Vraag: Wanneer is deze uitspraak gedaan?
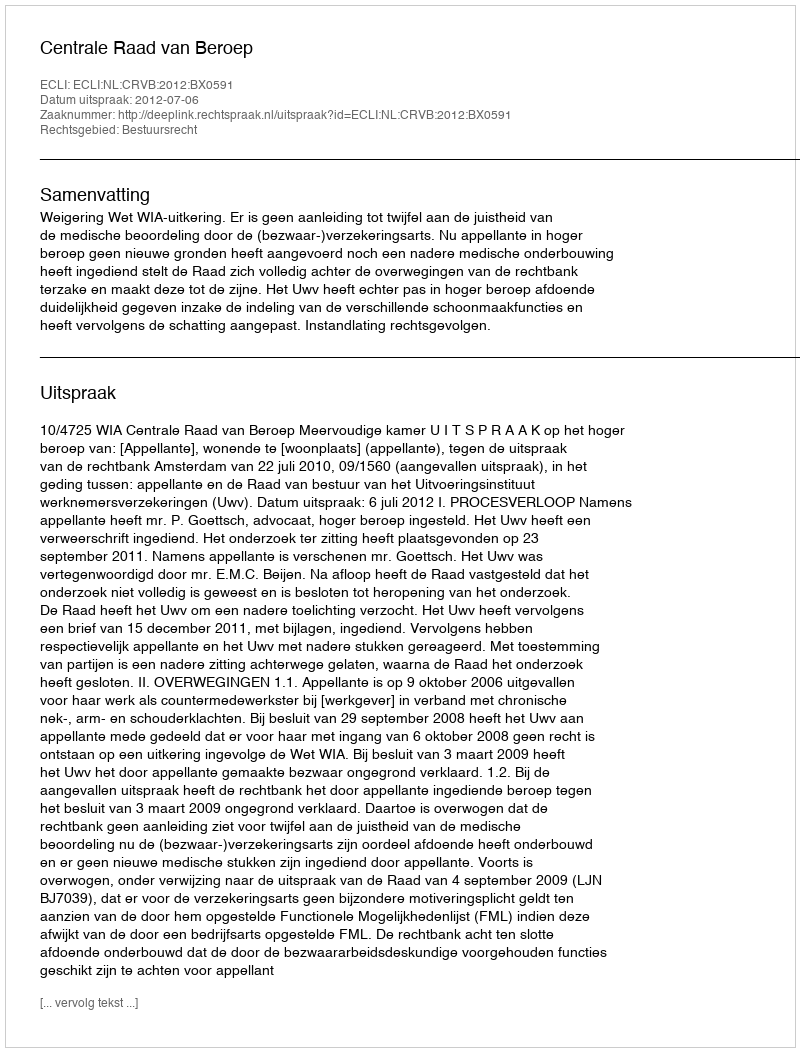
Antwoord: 2012-07-06